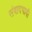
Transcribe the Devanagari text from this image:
संवादभागी